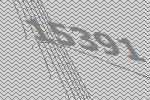
15391